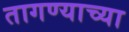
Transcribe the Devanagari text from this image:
तागण्याच्या